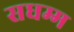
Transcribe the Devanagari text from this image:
सधम्म